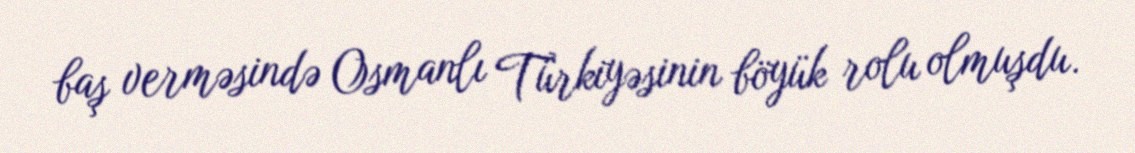
baş verməsində Osmanlı Türkiyəsinin böyük rolu olmuşdu.